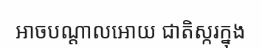
អាចបណ្តាលអោយ ជាតិស្ករក្នុង